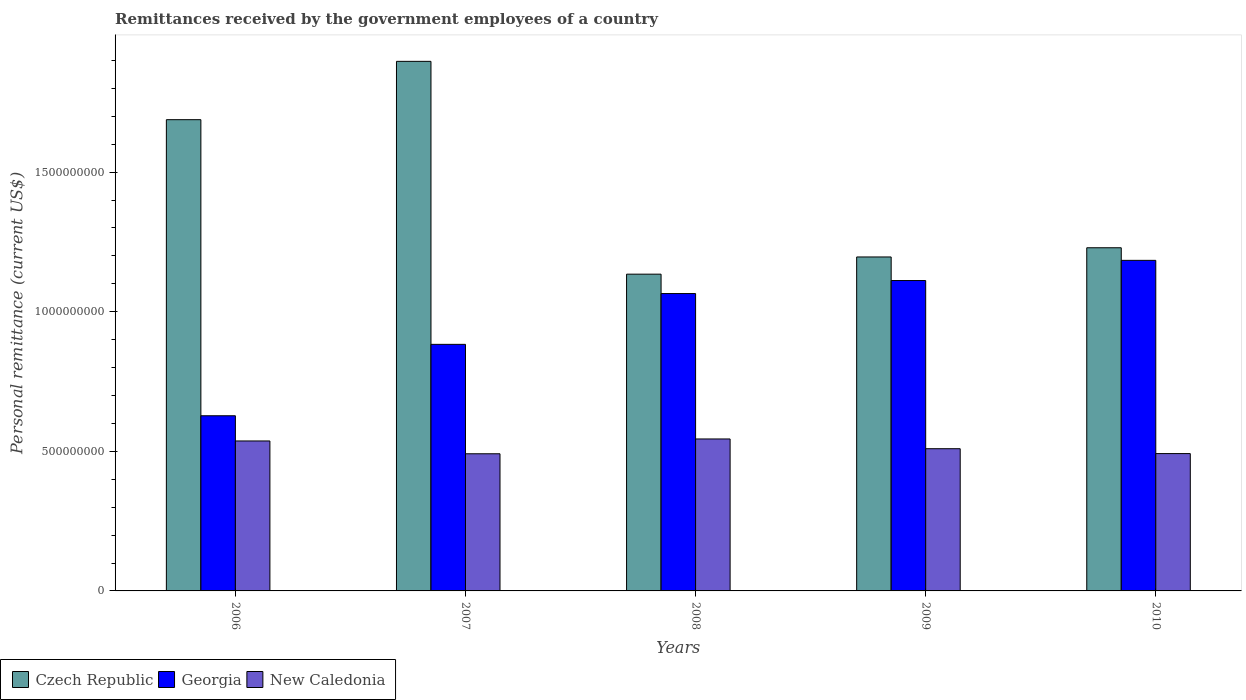
| Years | Czech Republic | Georgia | New Caledonia |
 | --- | --- | --- | --- |
 | 2006 | 1.69e+09 | 6.27e+08 | 5.37e+08 |
 | 2007 | 1.9e+09 | 8.83e+08 | 4.91e+08 |
 | 2008 | 1.13e+09 | 1.07e+09 | 5.44e+08 |
 | 2009 | 1.2e+09 | 1.11e+09 | 5.09e+08 |
 | 2010 | 1.23e+09 | 1.18e+09 | 4.92e+08 |